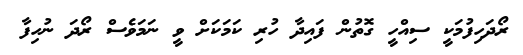
ރޯދަހިފުމަކީ ސިއްހީ ގޮތުން ފައިދާ ހުރި ކަމަކަށް ވީ ނަމަވެސް ރޯދަ ނުހިފާ